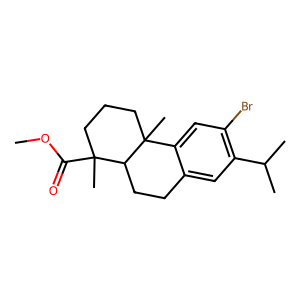
SMILES: COC(=O)C1(C)CCCC2(C)c3cc(Br)c(C(C)C)cc3CCC12
Inhibits HIV replication: No